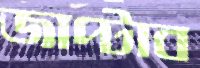
জাপ্‌টাব